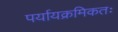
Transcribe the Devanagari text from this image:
पर्यायक्रमिकतः